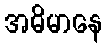
အဓိမာနေ